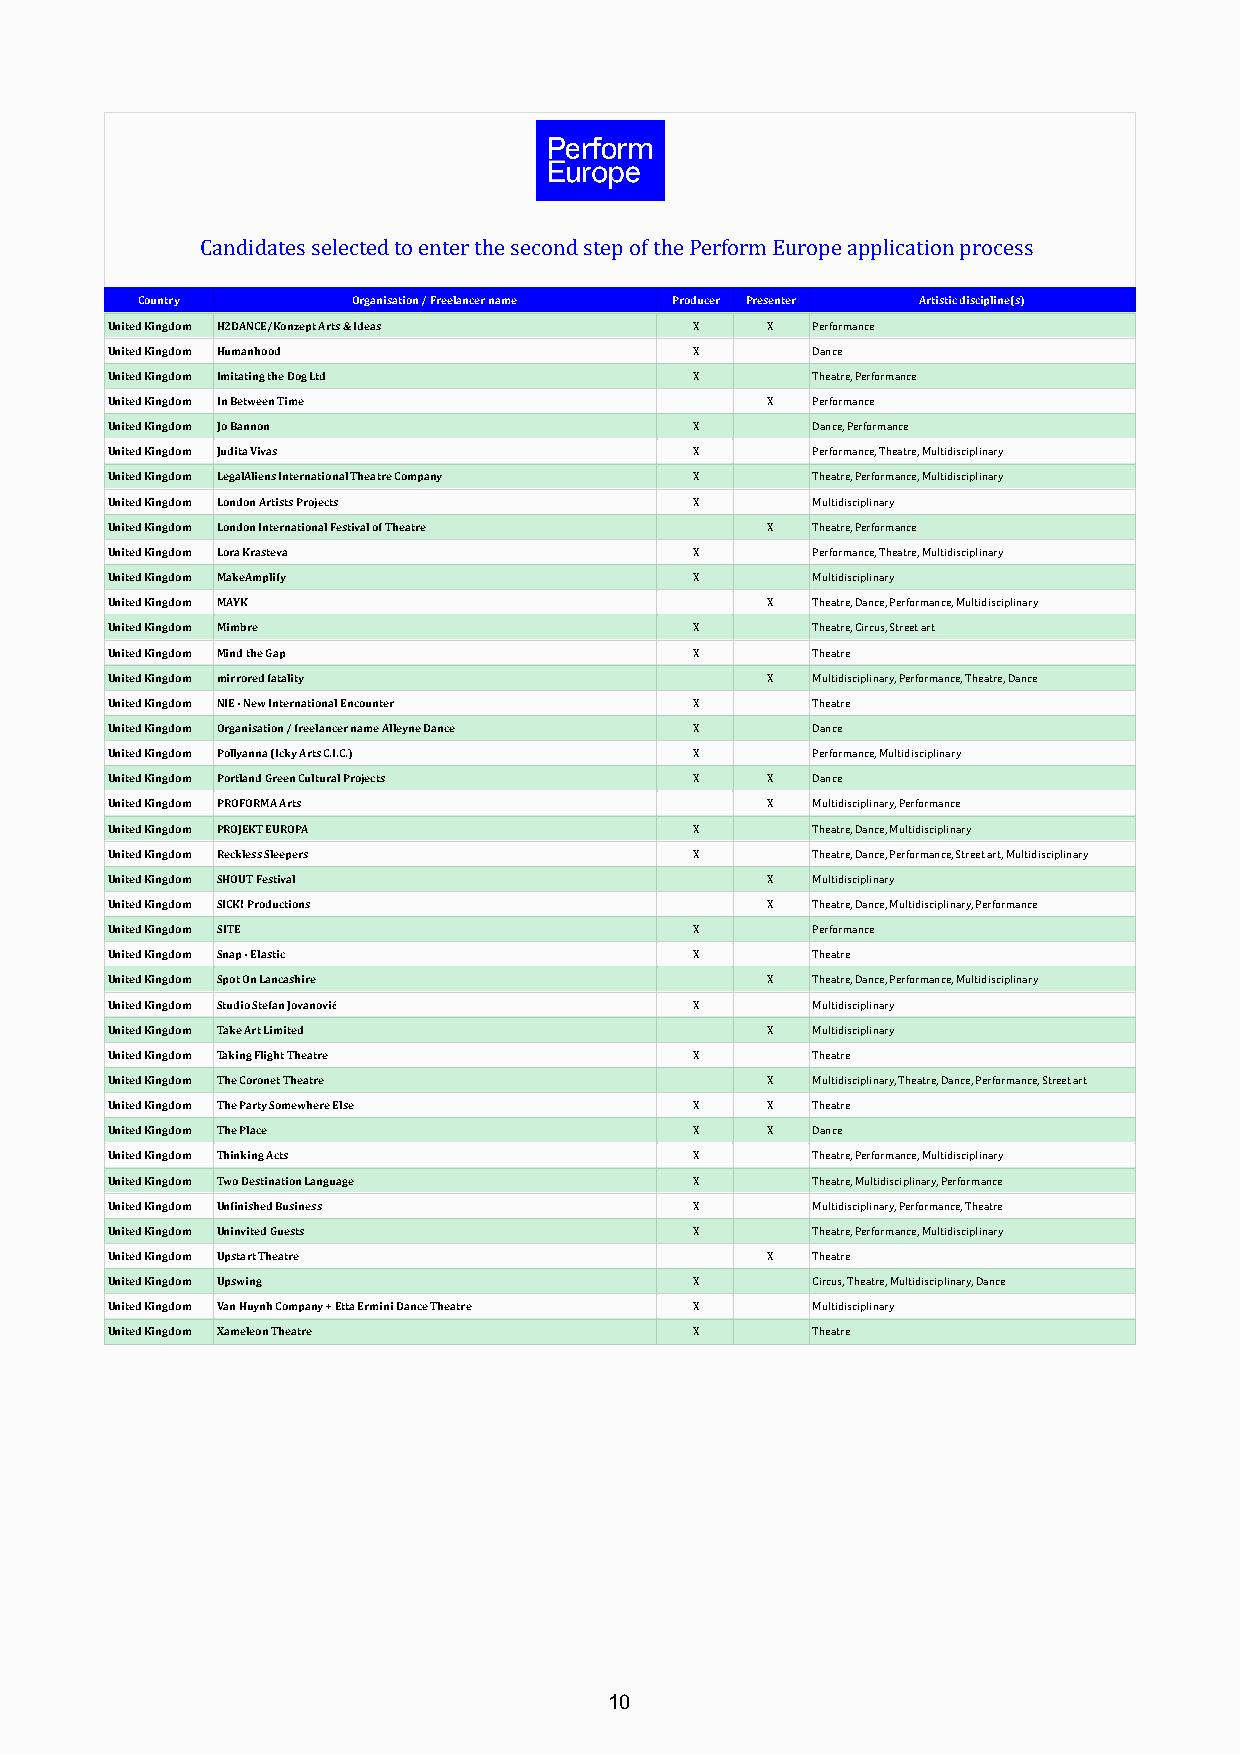
Candidates selected to enter the second step of the Perform Europe application process
 Country       Organisation / Freelancer name Producer Presenter Artistic discipline(s)
 United Kingdom H2DANCE/Konzept Arts & Ideas X X Performance
 United Kingdom Humanhood               X       Dance
 United Kingdom Imitating the Dog Ltd   X       Theatre, Performance
 United Kingdom In Between Time              X  Performance
 United Kingdom Jo Bannon               X       Dance, Performance
 United Kingdom Judita Vivas            X       Performance, Theatre, Multidisciplinary
 United Kingdom LegalAliens International Theatre Company X Theatre, Performance, Multidisciplinary
 United Kingdom London Artists Projects X       Multidisciplinary
 United Kingdom London International Festival of Theatre X Theatre, Performance
 United Kingdom Lora Krasteva           X       Performance, Theatre, Multidisciplinary
 United Kingdom MakeAmplify             X       Multidisciplinary
 United Kingdom MAYK                         X  Theatre, Dance, Performance, Multidisciplinary
 United Kingdom Mimbre                  X       Theatre, Circus, Street art
 United Kingdom Mind the Gap            X       Theatre
 United Kingdom mirrored fatality            X  Multidisciplinary, Performance, Theatre, Dance
 United Kingdom NIE - New International Encounter X Theatre
 United Kingdom Organisation / freelancer name Alleyne Dance X Dance
 United Kingdom Pollyanna (Icky Arts C.I.C.) X  Performance, Multidisciplinary
 United Kingdom Portland Green Cultural Projects X X Dance
 United Kingdom PROFORMA Arts                X  Multidisciplinary, Performance
 United Kingdom PROJEKT EUROPA          X       Theatre, Dance, Multidisciplinary
 United Kingdom Reckless Sleepers       X       Theatre, Dance, Performance, Street art, Multidisciplinary
 United Kingdom SHOUT Festival               X  Multidisciplinary
 United Kingdom SICK! Productions            X  Theatre, Dance, Multidisciplinary, Performance
 United Kingdom SITE                    X       Performance
 United Kingdom Snap - Elastic          X       Theatre
 United Kingdom Spot On Lancashire           X  Theatre, Dance, Performance, Multidisciplinary
 United Kingdom Studio Stefan Jovanović X       Multidisciplinary
 United Kingdom Take Art Limited             X  Multidisciplinary
 United Kingdom Taking Flight Theatre   X       Theatre
 United Kingdom The Coronet Theatre          X  Multidisciplinary, Theatre, Dance, Performance, Street art
 United Kingdom The Party Somewhere Else X   X  Theatre
 United Kingdom The Place               X    X  Dance
 United Kingdom Thinking Acts           X       Theatre, Performance, Multidisciplinary
 United Kingdom Two Destination Language X      Theatre, Multidisciplinary, Performance
 United Kingdom Unfinished Business     X       Multidisciplinary, Performance, Theatre
 United Kingdom Uninvited Guests        X       Theatre, Performance, Multidisciplinary
 United Kingdom Upstart Theatre              X  Theatre
 United Kingdom Upswing                 X       Circus, Theatre, Multidisciplinary, Dance
 United Kingdom Van Huynh Company + Etta Ermini Dance Theatre X Multidisciplinary
 United Kingdom Xameleon Theatre        X       Theatre
 10